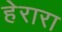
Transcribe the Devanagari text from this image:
हेरारा